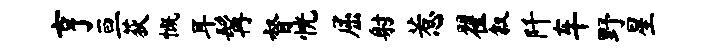
亨亘荻慨耳髯督恍屈射惹翟叙阡车野星